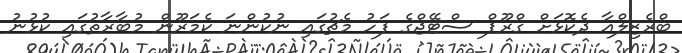
ބްރެޒިލްއާ ދެކޮޅަށް ގްރޫޕް ސްޓޭޖްގެ ފަހު މެޗުގައި ނުކުންނަ ކެމަރޫން މުބާރާތުގައި ކުޅުނު